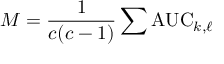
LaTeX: M = { \frac { 1 } { c ( c - 1 ) } } \sum \mathrm { A U C } _ { k , \ell }